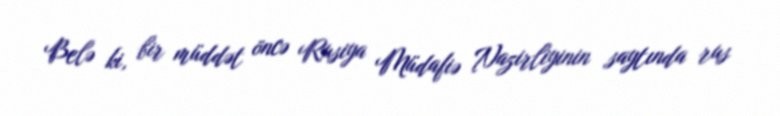
Belə ki, bir müddət öncə Rusiya Müdafiə Nazirliyinin saytında rus